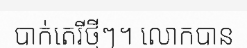
បាក់តេរីថ្មីៗ។ លោកបាន